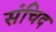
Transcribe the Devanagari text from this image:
संचिद